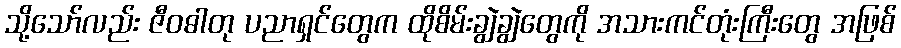
သို့သော်လည်း ဇီဝဓါတု ပညာရှင်တွေက ထိုစိမ်းချွဲချွဲတွေကို အသားကင်တုံးကြီးတွေ အဖြစ်